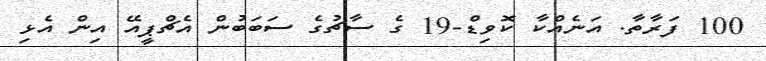
100 ފަރާތާ. އަނެއްކާ ކޮވިޑް-19 ގެ ސާޗުގެ ސަބަބުން އެޗްޕީއޭ އިން އެޅި